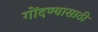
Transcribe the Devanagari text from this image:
गोंदण्यासाठी